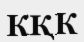
КҚК